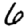
Digit: 6